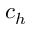
c _ { h }